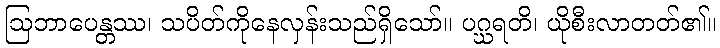
ဩဘာပေန္တဿ၊ သပိတ်ကိုနေလှန်းသည်ရှိသော်။ ပဂ္ဃရတိ၊ ယိုစီးလာတတ်၏။